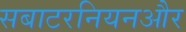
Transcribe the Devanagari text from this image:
सबाटरनियनऔर